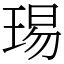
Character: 㻛